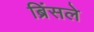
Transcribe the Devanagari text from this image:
ब्रिंसले